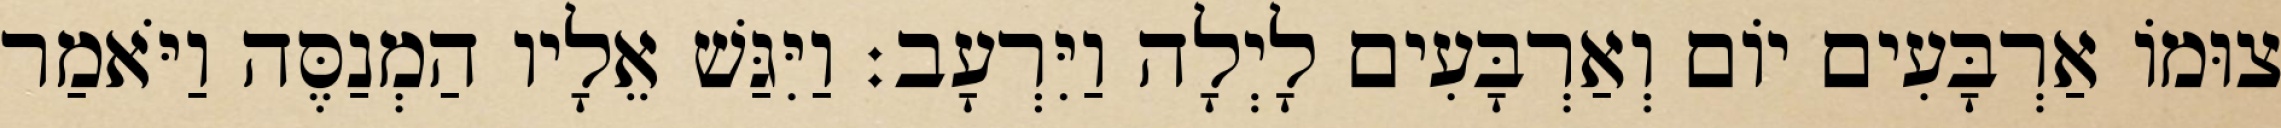
צוּמוֹ אַרְבָּעִים יוֹם וְאַרְבָּעִים לָיְלָה וַיִּרְעָב׃ וַיִּגַּשׁ אֵלָיו הַמְנַסֶּה וַיֹּאמַר